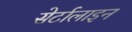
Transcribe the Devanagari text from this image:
सेर्टालाइन